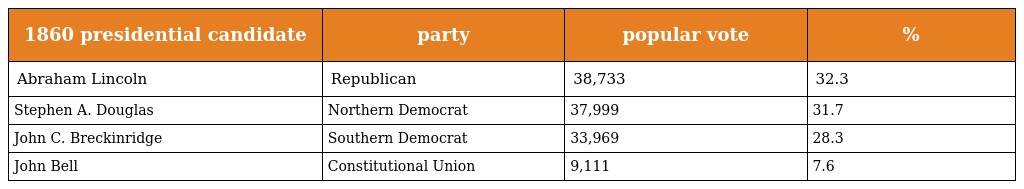
| 1860 presidential candidate | party | popular vote | % |
 | --- | --- | --- | --- |
 | Abraham Lincoln | Republican | 38,733 | 32.3 |
 | Stephen A. Douglas | Northern Democrat | 37,999 | 31.7 |
 | John C. Breckinridge | Southern Democrat | 33,969 | 28.3 |
 | John Bell | Constitutional Union | 9,111 | 7.6 |